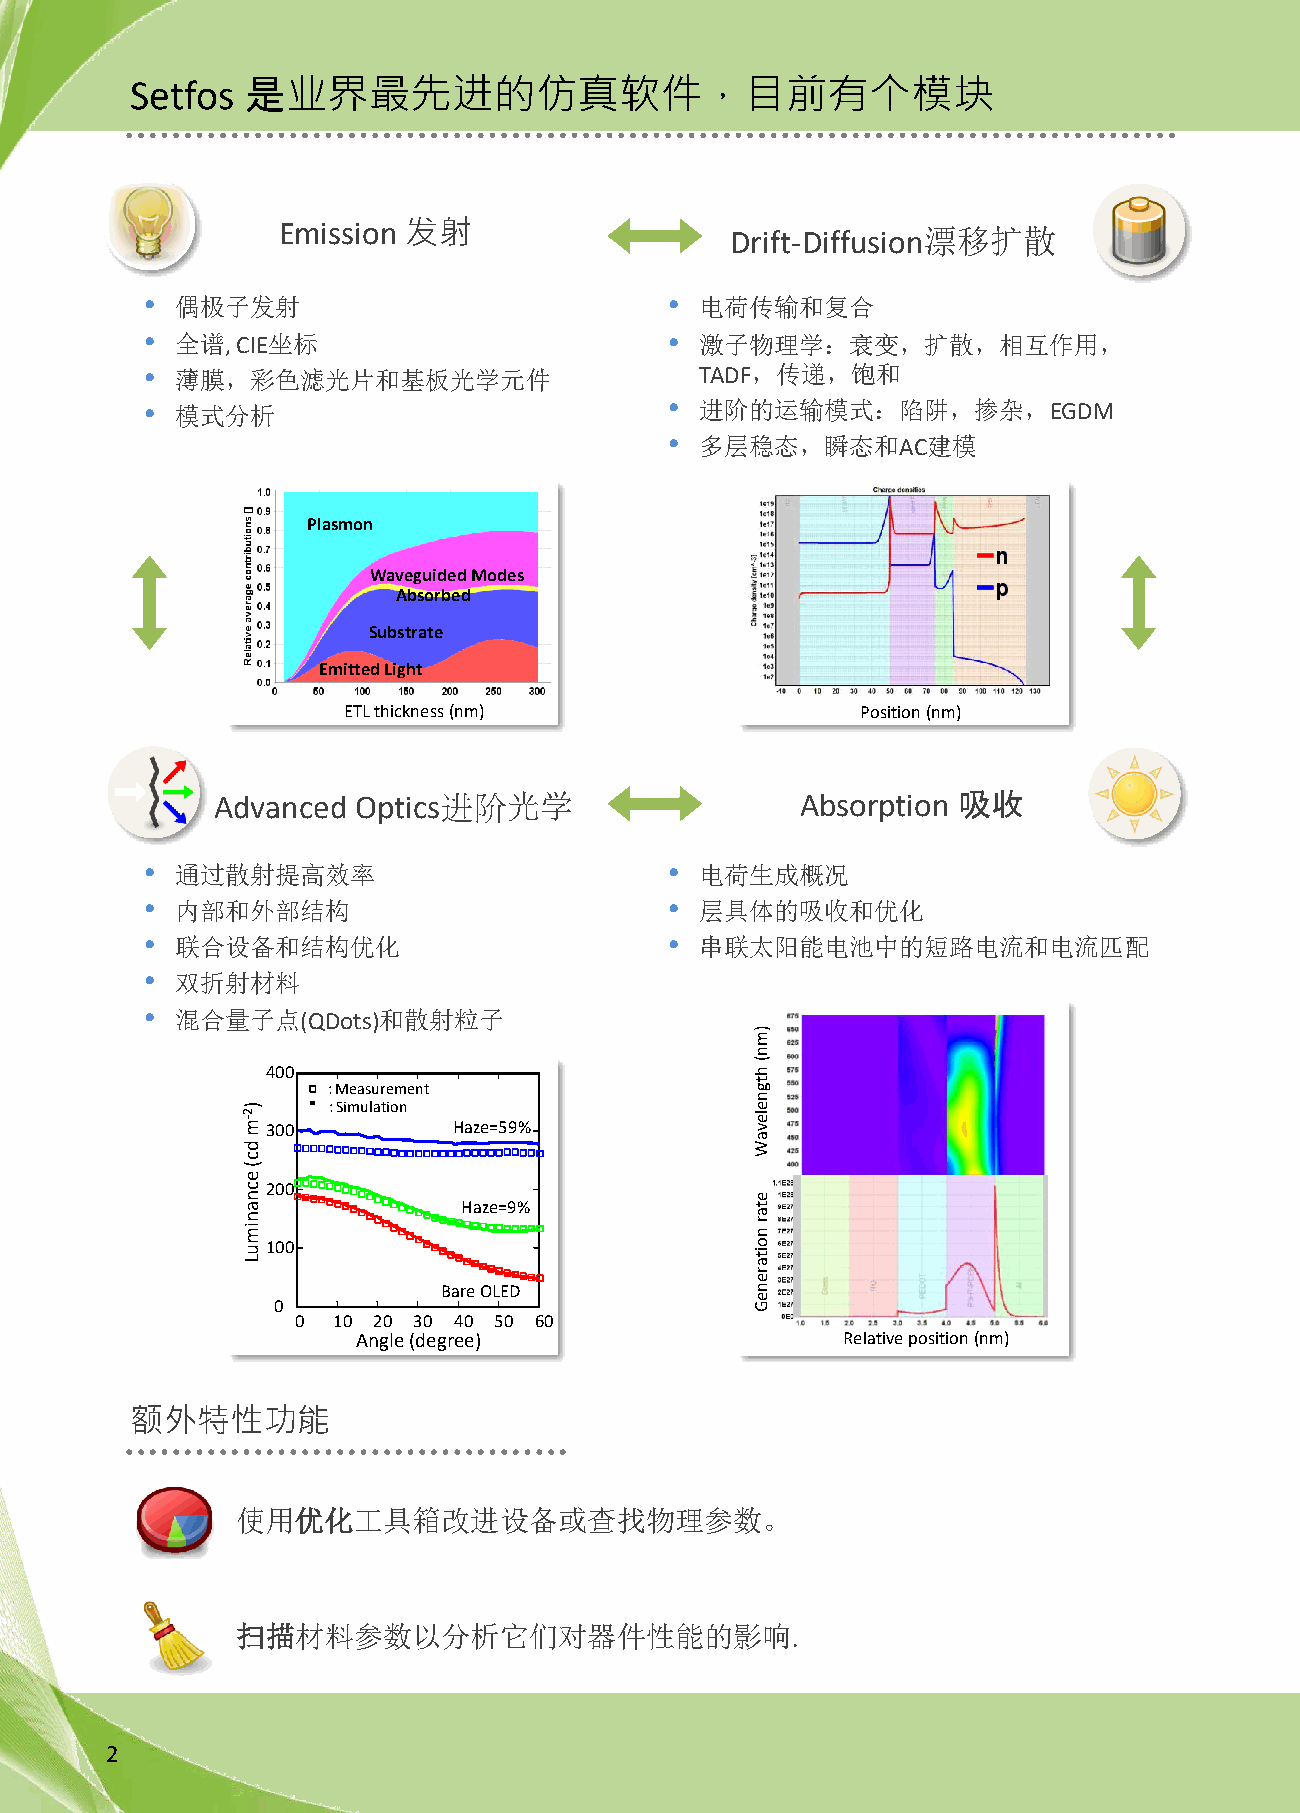
Setfos 是业界最先进的仿真软件，目前有个模块
 Emission 发射                   Drift-Diffusion漂移扩散
 • 偶极子发射                           • 电荷传输和复合
 • 全谱, CIE坐标                       • 激子物理学：衰变，扩散，相互作用，
 • 薄膜，彩色滤光片和基板光学元件                   TADF，传递，饱和
 • 模式分析                            • 进阶的运输模式：陷阱，掺杂，EGDM
 • 多层稳态，瞬态和AC建模
 Plasmon
 Waveguided Modes
 Absorbed
 Substrate
 Emitted Light
 ETL thickness (nm)                Position (nm)
 Advanced Optics进阶光学                    Absorption 吸收
 • 通过散射提高效率                        • 电荷生成概况
 • 内部和外部结构                         • 层具体的吸收和优化
 • 联合设备和结构优化                       • 串联太阳能电池中的短路电流和电流匹配
 • 双折射材料
 • 混合量子点(QDots)和散射粒子
 )m
 n
 (
 400                             h
 : Measurement               t g
 n
 )     : Simulation                e
 2 -m300       Haze=59%            le v
 d
 a
 W
 c
 (
 e
 c200
 n                                 e
 a
 n
 Haze=9%            ta
 r
 im                                n
 u L100                            o ita
 r
 e
 Bare OLED            n
 e
 0                               G
 0 10 20 30 40 50 60
 Angle (degree)                  Relative position (nm)
 额外特性功能
 使用优化工具箱改进设备或查找物理参数。
 扫描材料参数以分析它们对器件性能的影响.
 2